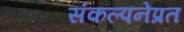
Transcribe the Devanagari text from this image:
संकल्पनेप्रत